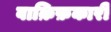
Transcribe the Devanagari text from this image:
वाक़िफ़कारी